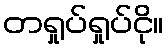
တရှုပ်ရှုပ်ငို။